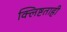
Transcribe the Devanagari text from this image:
क्लिष्टताही